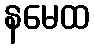
နမေထ